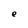
Character: e